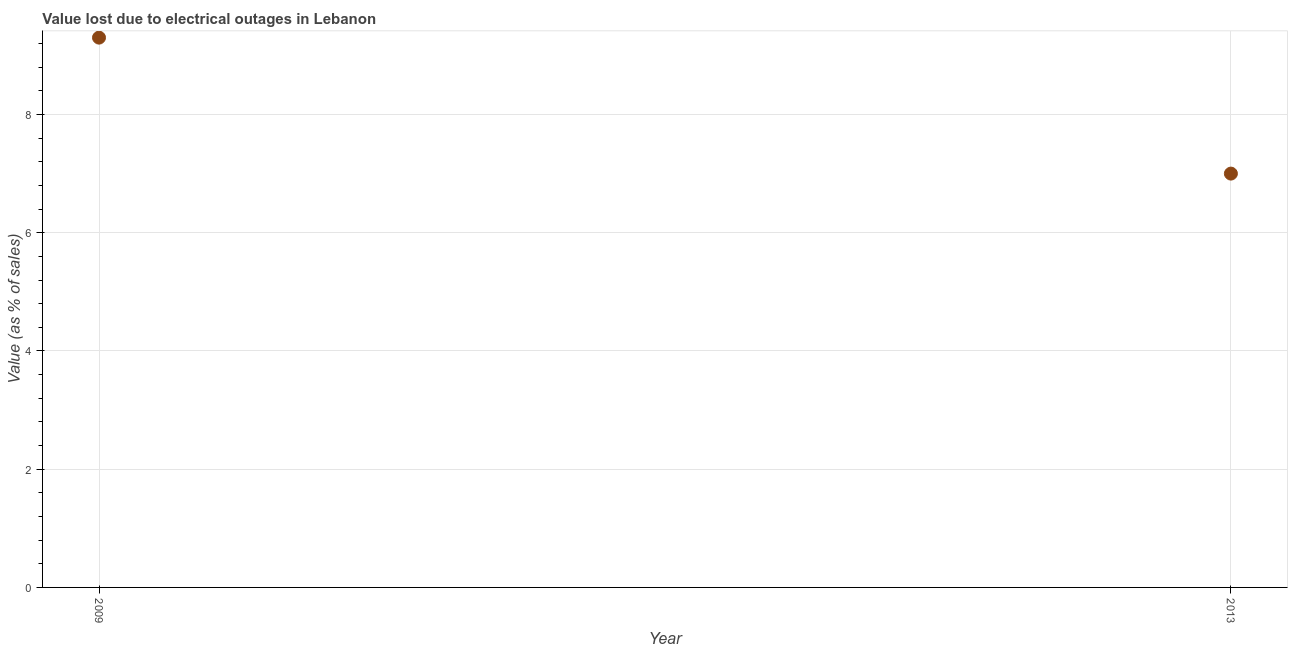
| Year | Value lost due to electrical outages |
 | --- | --- |
 | 2009 | 9.3 |
 | 2013 | 7 |